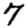
Digit: 7